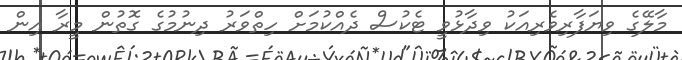
މާލޭގެ ވިޔަފާރިވެރިއަކު ވިދާޅުވީ ޓެކުސް ދެއްކުމަށް ހިތްވަރު ދިނުމުގެ ގޮތުން މީރާ އިން